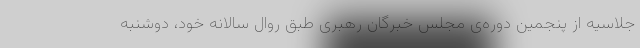
جلاسیه از پنجمین دوره‌ی مجلس خبرگان رهبری طبق روال سالانه خود، دوشنبه